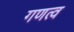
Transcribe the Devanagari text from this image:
गणत्व